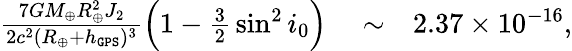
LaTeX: \begin{array}{rlr}{\frac{7GM_{\oplus}R_{\oplus}^{2}J_{2}}{2c^{2}(R_{\oplus}+h_{\tt GPS})^{3}}\Big(1-{\textstyle\frac{3}{2}}\sin^{2}i_{0}\Big)}&{{}\sim}&{2.37\times 10^{-16},}\end{array}